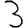
Digit: 3